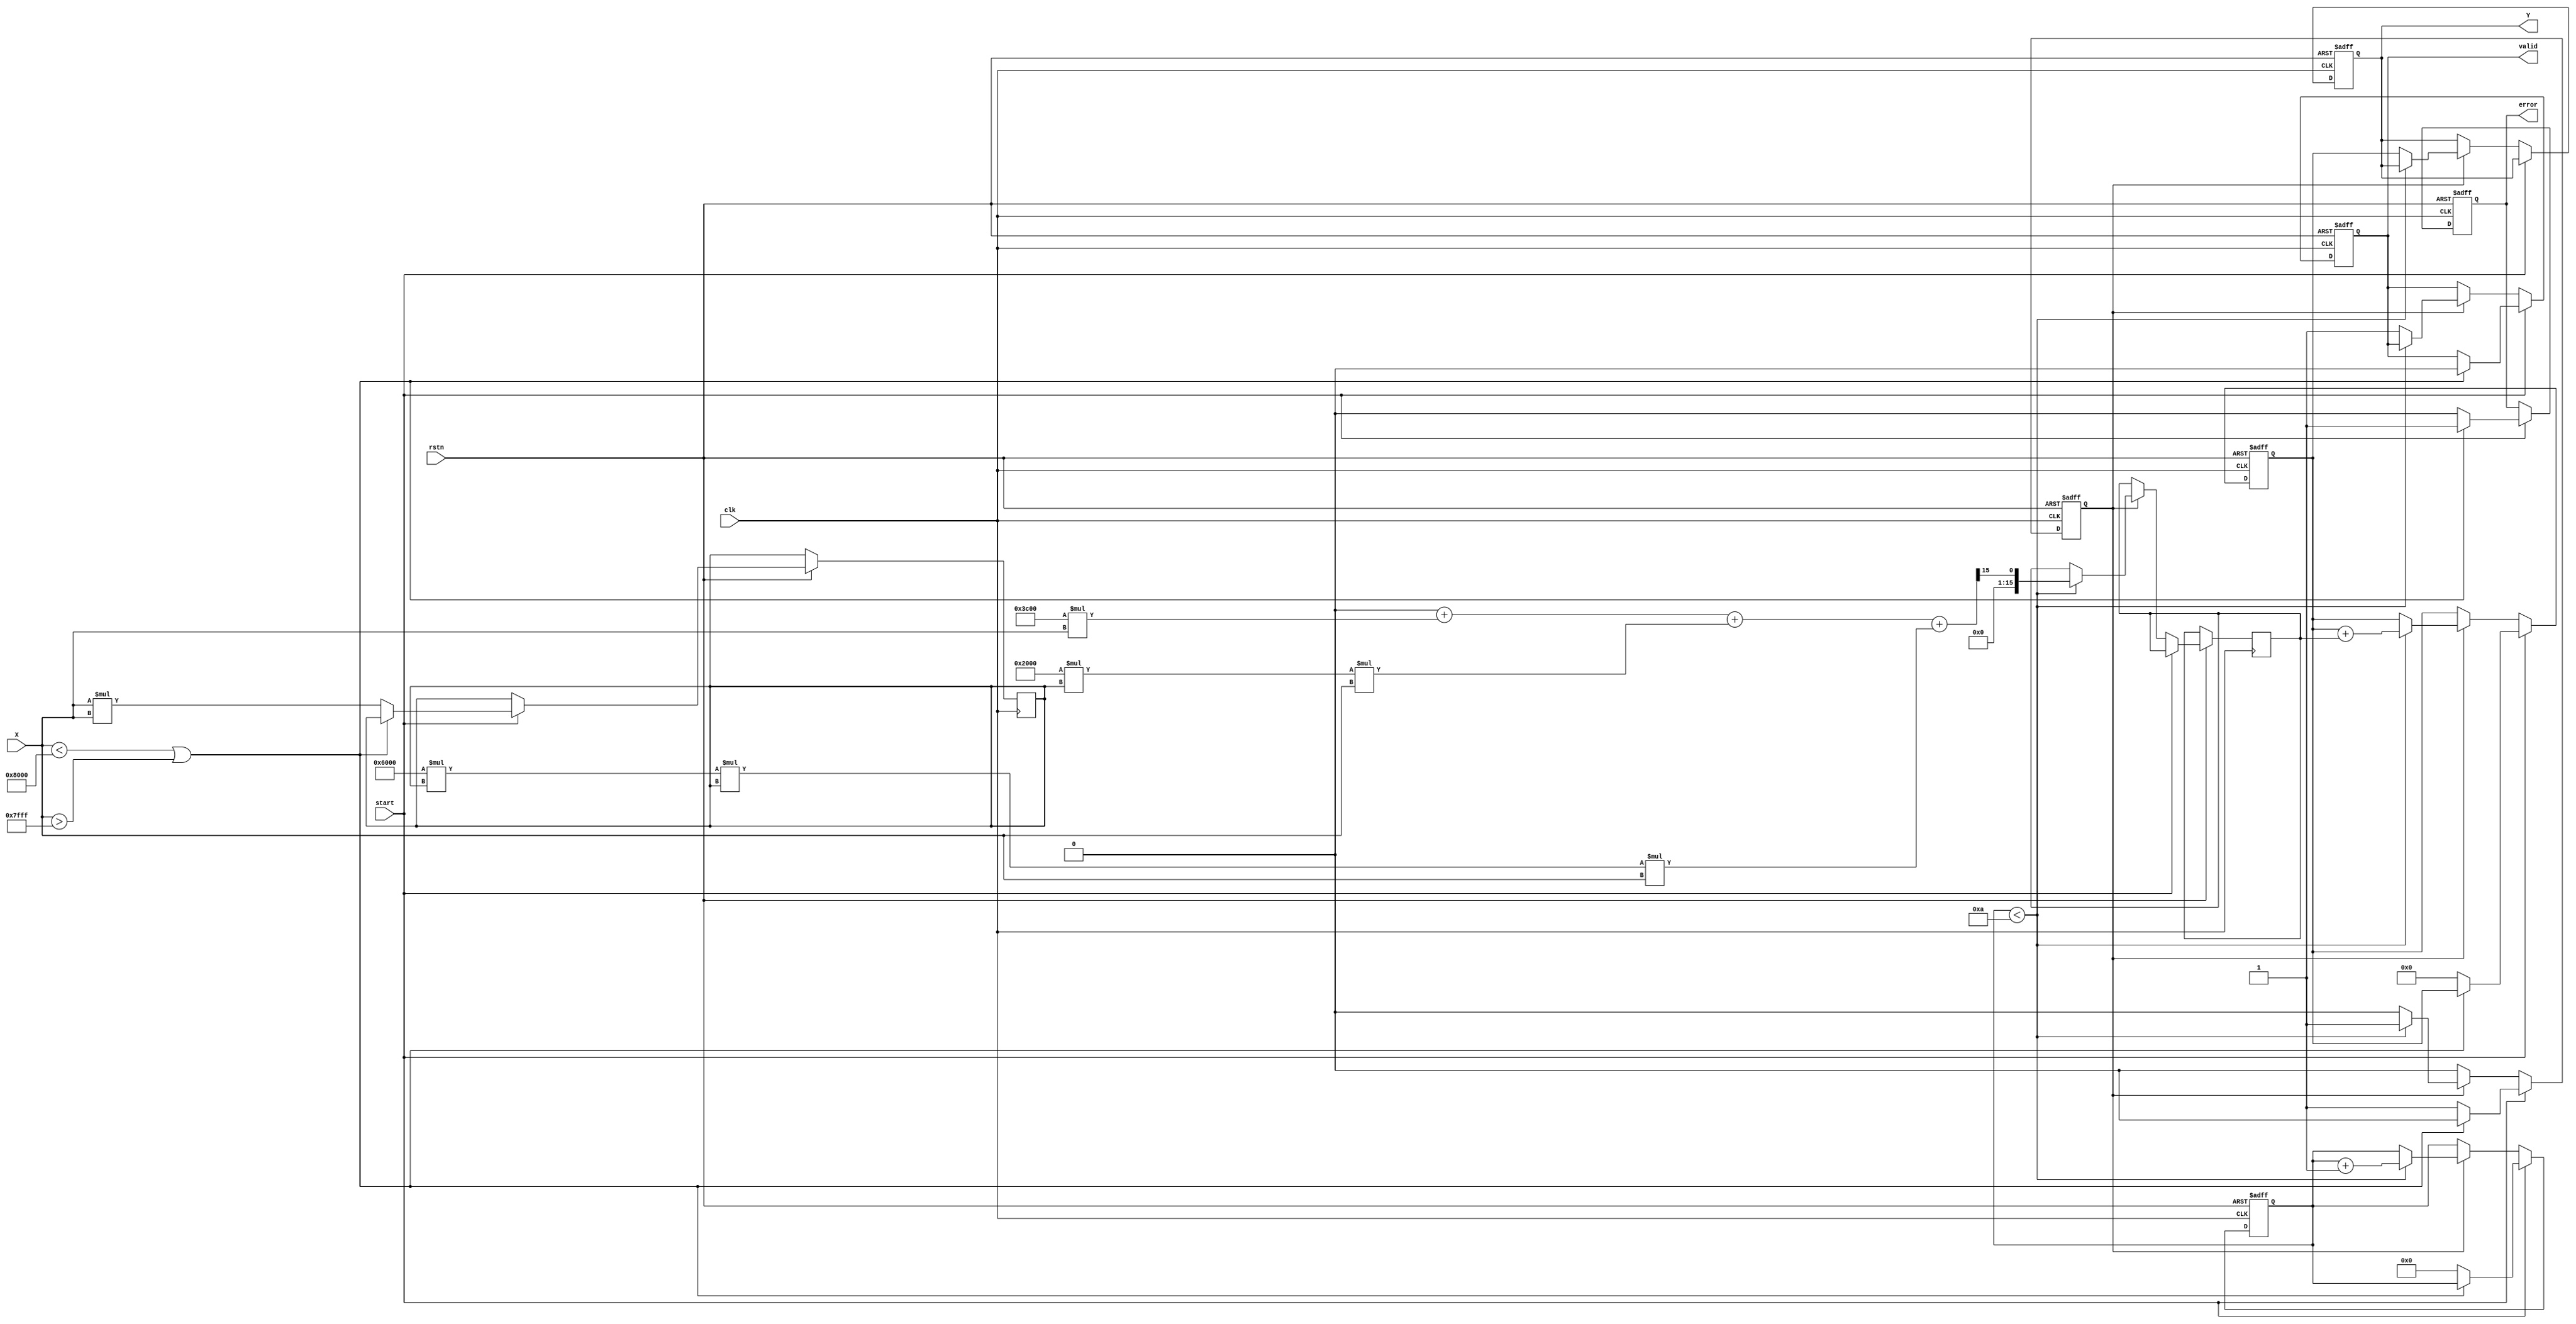
module asin_block (
    input wire clk,               // Clock signal
    input wire rstn,              // Active low reset
    input wire [15:0] X,          // Input value (fixed-point representation, range: [-1, 1])
    input wire start,             // Start signal to initiate computation
    output reg [15:0] Y,          // Output value (angle in radians)
    output reg valid,             // Output valid signal
    output reg error              // Error flag for invalid input
);

    // Define parameters
    parameter FIXED_POINT_FRACTIONAL_BITS = 15; // Adjust based on your precision needs
    parameter MAX_ITERATIONS = 10; // Number of iterations for polynomial approximation

    // Internal registers
    reg [15:0] x_squared;
    reg [15:0] term;
    reg [15:0] sum;
    reg [3:0] count;
    reg computing;

    // Polynomial coefficients for approximation (example coefficients for asin(x))
    // This can be adjusted based on the required accuracy
    parameter [15:0] A0 = 16'h0000; // Placeholder, adjust based on your polynomial
    parameter [15:0] A1 = 16'h3C00; // Example coefficient for x
    parameter [15:0] A2 = 16'h2000; // Example coefficient for x^3
    parameter [15:0] A3 = 16'h6000; // Example coefficient for x^5

    // Check if input is within range
    always @(posedge clk or negedge rstn) begin
        if (!rstn) begin
            Y <= 16'h0000;
            valid <= 1'b0;
            error <= 1'b0;
            computing <= 1'b0;
            count <= 4'b0000;
            sum <= 16'h0000;
        end else if (start) begin
            // Check range
            if (X < 16'h8000 || X > 16'h7FFF) begin // Check range [-1, 1]
                error <= 1'b1; // Set error flag
                valid <= 1'b0; // Output is not valid
                computing <= 1'b0; // Stop computation
            end else begin
                error <= 1'b0; // Clear error flag
                computing <= 1'b1; // Start computation
                sum <= 16'h0000; // Clear sum
                count <= 4'b0000; // Initialize count
                x_squared <= X * X; // Compute x^2
            end
        end else if (computing) begin
            // Calculate asin using polynomial approximation
            if (count < MAX_ITERATIONS) begin
                // Example polynomial calculation
                term <= (A0 + (A1 * X) + (A2 * x_squared * X) + (A3 * x_squared * x_squared * X)) >> FIXED_POINT_FRACTIONAL_BITS;
                sum <= sum + term;
                count <= count + 1;
            end else begin
                Y <= sum; // Set output
                valid <= 1'b1; // Output is valid
                computing <= 1'b0; // End computation
            end
        end
    end
endmodule